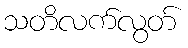
သတိလက်လွတ်